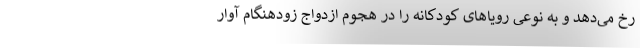
رخ می‌دهد و به نوعی رویاهای کودکانه را در هجوم ازدواج زودهنگام آوار